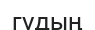
гудың